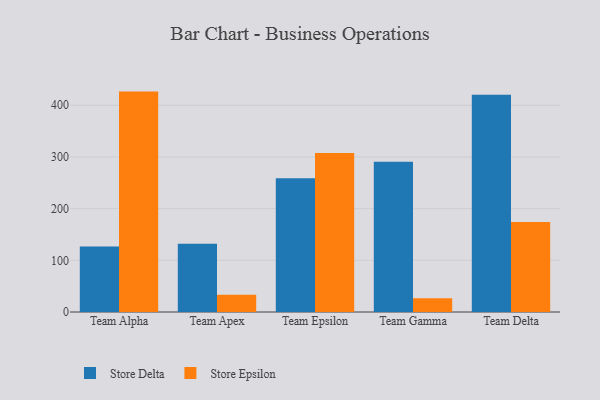
{"axis": {"x": "Team", "y": "Conversion Rate (%)"}, "legend": ["Store Delta", "Store Epsilon"], "data": [{"x": "Team Alpha", "y": 126.7, "type": "Store Delta"}, {"x": "Team Alpha", "y": 426.5, "type": "Store Epsilon"}, {"x": "Team Apex", "y": 132.1, "type": "Store Delta"}, {"x": "Team Apex", "y": 33.5, "type": "Store Epsilon"}, {"x": "Team Epsilon", "y": 258.7, "type": "Store Delta"}, {"x": "Team Epsilon", "y": 307.8, "type": "Store Epsilon"}, {"x": "Team Gamma", "y": 290.7, "type": "Store Delta"}, {"x": "Team Gamma", "y": 26.4, "type": "Store Epsilon"}, {"x": "Team Delta", "y": 420.4, "type": "Store Delta"}, {"x": "Team Delta", "y": 174.1, "type": "Store Epsilon"}]}